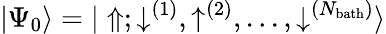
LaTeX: {|\Psi_{0}\rangle}={|\Uparrow;\downarrow^{(1)},\uparrow^{(2)},...,\downarrow^{(N_{\mathrm{bath}})}\rangle}